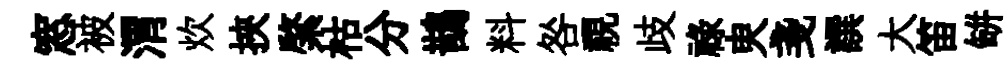
窓被渭炊挾綮枯分鵲料咎視歧禄㬰戔譔大笛缾